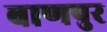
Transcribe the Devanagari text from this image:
बाणपुर